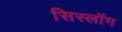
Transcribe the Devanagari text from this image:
सिस्लॉग